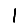
Digit: 1